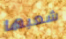
شعبها